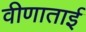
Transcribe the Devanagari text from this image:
वीणाताई